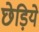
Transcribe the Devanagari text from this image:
छेड़िये